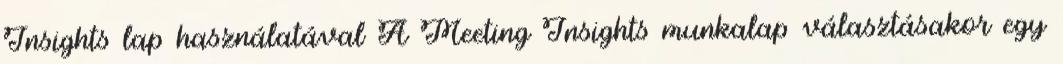
Insights lap használatával A Meeting Insights munkalap választásakor egy